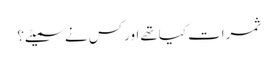
ثمرات کیاتھے اورکس نے سمیٹے؟